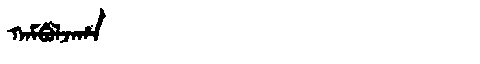
Manchu: ᡴᠠᠮᠪᡠᠯᠵᠠᡥᠠ
Romanization: KAMBULJAHA